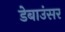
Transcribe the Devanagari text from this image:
डेबाउंसर